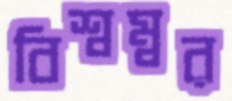
বিশ্বম্বর